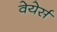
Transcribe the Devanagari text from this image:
वेयेर्स